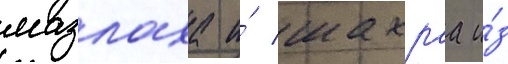
мазлаха и́ шахраа и́з